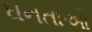
ઘનતાઓ